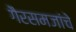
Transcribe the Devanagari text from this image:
गैरसमजांचे